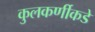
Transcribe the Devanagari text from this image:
कुलकर्णीकडे